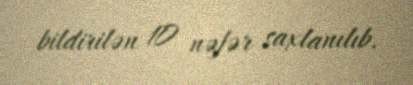
bildirilən 10 nəfər saxlanılıb.